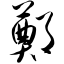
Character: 郑